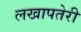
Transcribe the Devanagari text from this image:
लखापतेरी